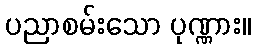
ပညာစမ်းသော ပုဏ္ဏား။